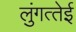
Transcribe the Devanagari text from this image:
लुंगत्‍तेई